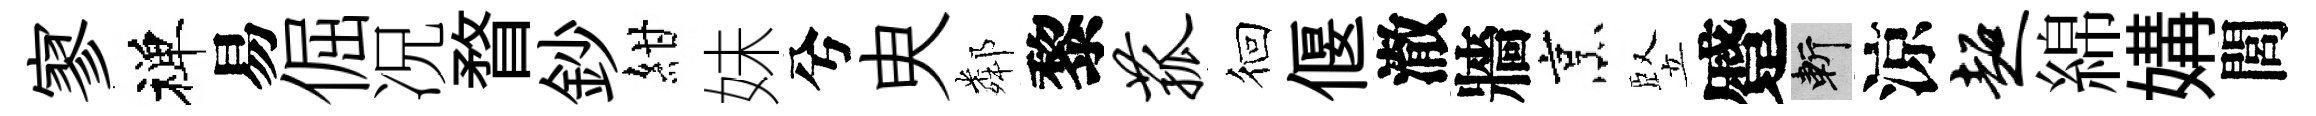
寥禅易倔况瞀鈔紺妹兮㬰鄰黎菰徊偃澈牆烹竪蹙斬涼超綿媾閭